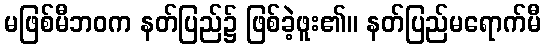
မဖြစ်မီဘဝက နတ်ပြည်၌ ဖြစ်ခဲ့ဖူး၏။ နတ်ပြည်မရောက်မီ